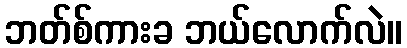
ဘတ်စ်ကားခ ဘယ်လောက်လဲ။